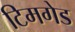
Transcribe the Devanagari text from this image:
टिमगेड